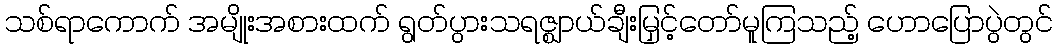
သစ်ရာကောက် အမျိုးအစားထက် ရွတ်ပွားသရဇ္ဈာယ်ချီးမြှင့်တော်မူကြသည့် ဟောပြောပွဲတွင်